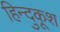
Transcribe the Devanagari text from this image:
हिन्दुकूश